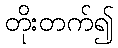
တိုးတက်၍